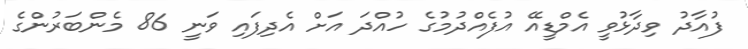
ފުއާދު ވިދާޅުވީ އެމްޑީއޭ އުފެއްދުމުގެ ހުއްދަ އަށް އެދިފައި ވަނީ 86 މެންބަރުންގެ